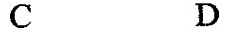
C D